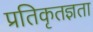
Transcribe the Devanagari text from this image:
प्रतिकृतज्ञता